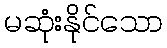
မဆုံးနိုင်သော